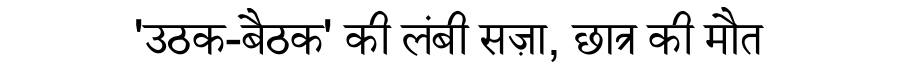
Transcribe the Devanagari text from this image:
'उठक-बैठक' की लंबी सज़ा, छात्र की मौत